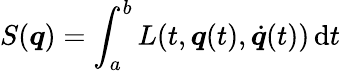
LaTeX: \displaystyle S({\boldsymbol{q}})=\int_{a}^{b}L(t,{\boldsymbol{q}}(t),{\dot{\boldsymbol{q}}}(t))\, \mathrm{d}t